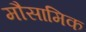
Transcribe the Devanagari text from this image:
मौसामिक